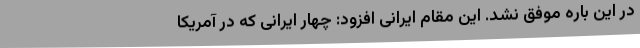
در این باره موفق نشد. این مقام ایرانی افزود: چهار ایرانی که در آمریکا